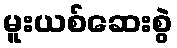
မူးယစ်ဆေးစွဲ